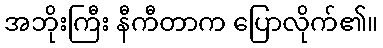
အဘိုးကြီး နီကီတာက ပြောလိုက်၏။